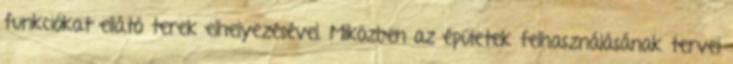
funkciókat ellátó terek elhelyezésével. Miközben az épületek felhasználásának tervei